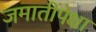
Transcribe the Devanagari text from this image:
जमातींपेक्षा